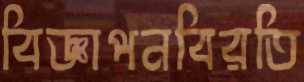
বিজ্ঞাপনবিরতি